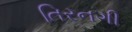
તિરનગી